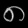
Digit: ၈